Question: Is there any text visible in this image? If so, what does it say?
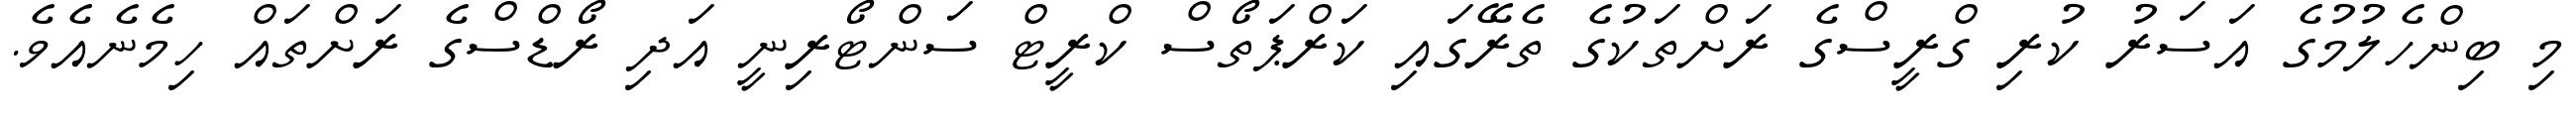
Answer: މި ބިންހެލުމުގެ އަސަރު ކުރި ގްރީސްގެ ރަށްތަކުގެ ތެރޭގައި ކަރްޕަތޯސް ކްރީޓް ސަންޓޯރިނީ އަދި ރޯޑްސްގެ ރަށްތައް ހިމެނެއެވެ.